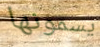
يسمونها